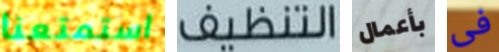
استمتعنا التنظيف بأعمال فى